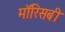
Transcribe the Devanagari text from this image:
मॉरिसबी